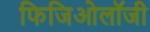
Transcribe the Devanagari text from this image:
फिजिओलॉजी